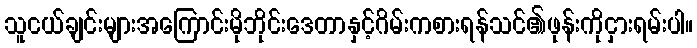
သူငယ်ချင်းများအကြောင်းမိုဘိုင်းဒေတာနှင့်ဂိမ်းကစားရန်သင်၏ဖုန်းကိုငှားရမ်းပါ။